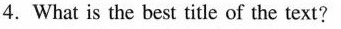
4.What is the best title of the text?